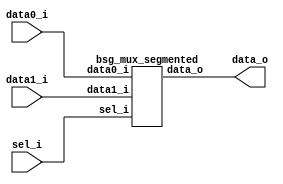


module top
(
  data0_i,
  data1_i,
  sel_i,
  data_o
);

  input [639:0] data0_i;
  input [639:0] data1_i;
  input [9:0] sel_i;
  output [639:0] data_o;

  bsg_mux_segmented
  wrapper
  (
    .data0_i(data0_i),
    .data1_i(data1_i),
    .sel_i(sel_i),
    .data_o(data_o)
  );


endmodule



module bsg_mux_segmented
(
  data0_i,
  data1_i,
  sel_i,
  data_o
);

  input [639:0] data0_i;
  input [639:0] data1_i;
  input [9:0] sel_i;
  output [639:0] data_o;
  wire [639:0] data_o;
  wire N0,N1,N2,N3,N4,N5,N6,N7,N8,N9,N10,N11,N12,N13,N14,N15,N16,N17,N18,N19;
  assign data_o[63:0] = (N0)? data1_i[63:0] : 
                        (N10)? data0_i[63:0] : 1'b0;
  assign N0 = sel_i[0];
  assign data_o[127:64] = (N1)? data1_i[127:64] : 
                          (N11)? data0_i[127:64] : 1'b0;
  assign N1 = sel_i[1];
  assign data_o[191:128] = (N2)? data1_i[191:128] : 
                           (N12)? data0_i[191:128] : 1'b0;
  assign N2 = sel_i[2];
  assign data_o[255:192] = (N3)? data1_i[255:192] : 
                           (N13)? data0_i[255:192] : 1'b0;
  assign N3 = sel_i[3];
  assign data_o[319:256] = (N4)? data1_i[319:256] : 
                           (N14)? data0_i[319:256] : 1'b0;
  assign N4 = sel_i[4];
  assign data_o[383:320] = (N5)? data1_i[383:320] : 
                           (N15)? data0_i[383:320] : 1'b0;
  assign N5 = sel_i[5];
  assign data_o[447:384] = (N6)? data1_i[447:384] : 
                           (N16)? data0_i[447:384] : 1'b0;
  assign N6 = sel_i[6];
  assign data_o[511:448] = (N7)? data1_i[511:448] : 
                           (N17)? data0_i[511:448] : 1'b0;
  assign N7 = sel_i[7];
  assign data_o[575:512] = (N8)? data1_i[575:512] : 
                           (N18)? data0_i[575:512] : 1'b0;
  assign N8 = sel_i[8];
  assign data_o[639:576] = (N9)? data1_i[639:576] : 
                           (N19)? data0_i[639:576] : 1'b0;
  assign N9 = sel_i[9];
  assign N10 = ~sel_i[0];
  assign N11 = ~sel_i[1];
  assign N12 = ~sel_i[2];
  assign N13 = ~sel_i[3];
  assign N14 = ~sel_i[4];
  assign N15 = ~sel_i[5];
  assign N16 = ~sel_i[6];
  assign N17 = ~sel_i[7];
  assign N18 = ~sel_i[8];
  assign N19 = ~sel_i[9];

endmodule